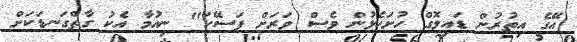
އޭގެ އިތުރުން ޑައިލޮގް ހުށަހެޅުން ވެސް ވަރަށް ފަސޭހަ" ނިއުމާ އެކު ގާތްގަނޑަކަށް